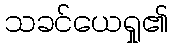
သခင်ယေရှု၏